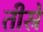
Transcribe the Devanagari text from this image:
तीस्रे